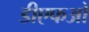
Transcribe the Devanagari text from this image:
डीएफओ